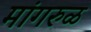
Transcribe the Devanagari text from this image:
मांगरुळ